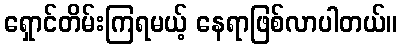
ရှောင်တိမ်းကြရမယ့် နေရာဖြစ်လာပါတယ်။